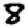
Digit: 8